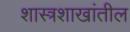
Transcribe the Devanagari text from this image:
शास्त्रशाखांतील